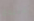
عنيدة